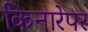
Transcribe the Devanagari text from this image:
किनारेपर